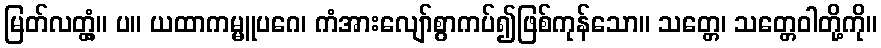
မြတ်လတ္တံ့။ ပ။ ယထာကမ္မူပဂေ၊ ကံအားလျော်စွာကပ်၍ဖြစ်ကုန်သော။ သတ္တေ၊ သတ္တေဝါတို့ကို။